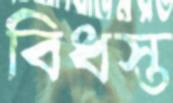
বিধস্ত